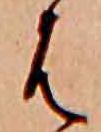
は